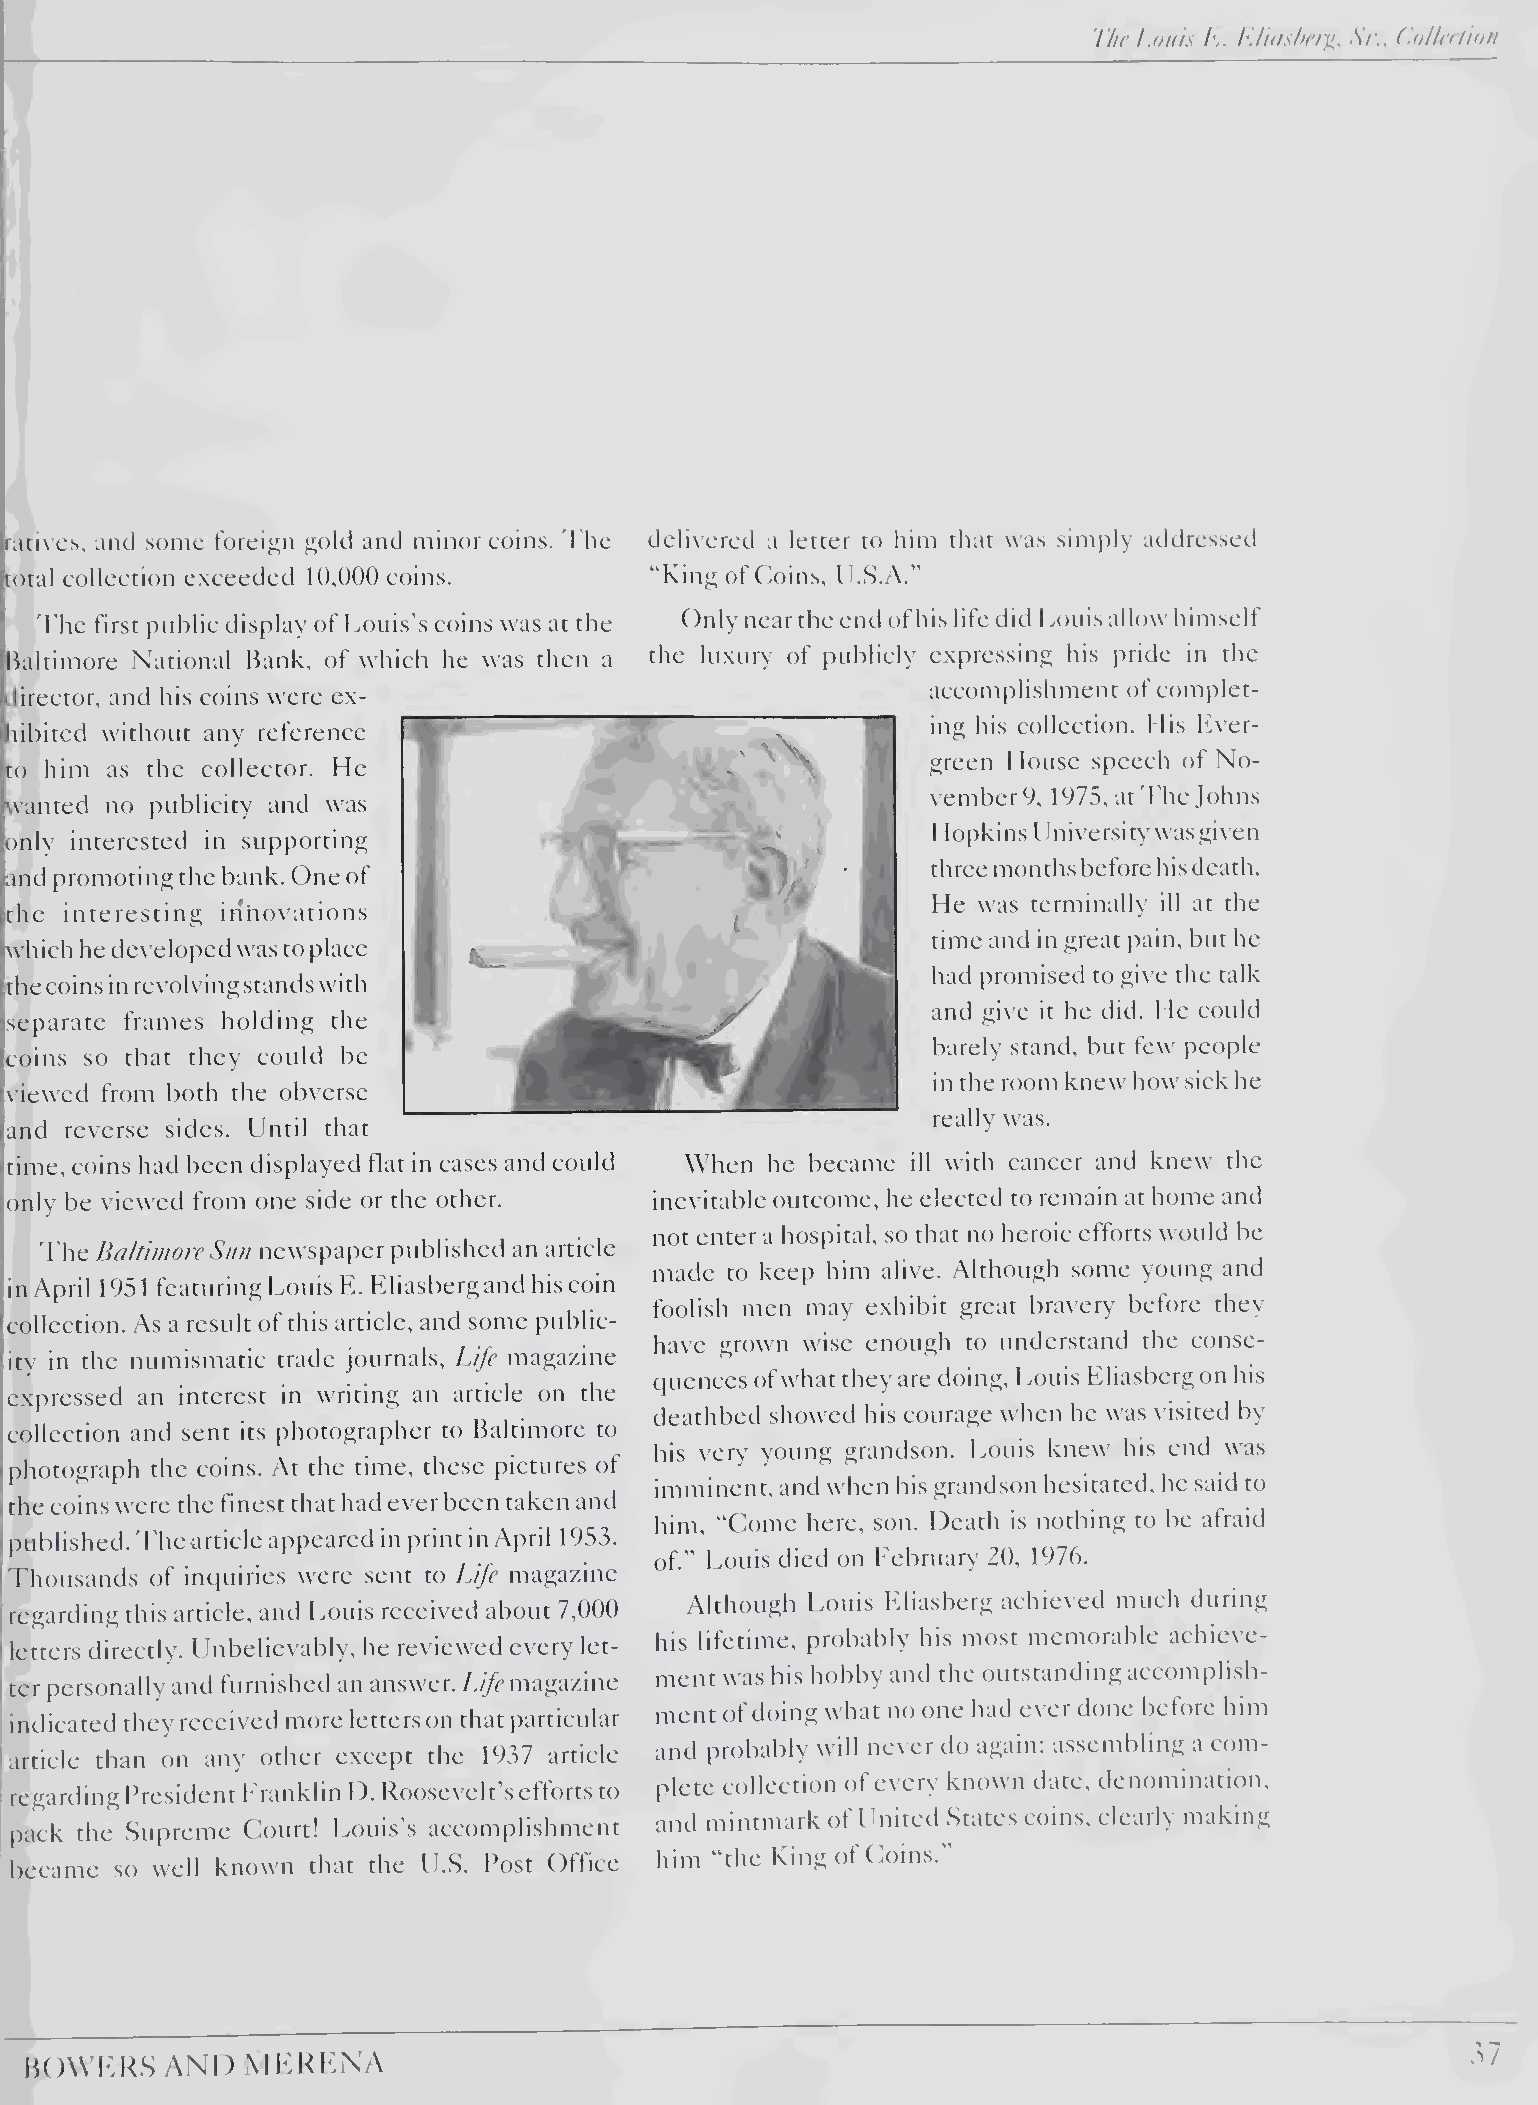
I'/k’ Louis L. L.lidsht'i'ji,, Sr., (.olirdioii
 rati\ cs, and some foreign gold and minor coins. 'The delivered a letter to him that was simply addressed
 total eollection exceeded 10,000 coins.    “King of Coins, U.S.A.”
 'The first public display of Louis’s coins was at the Only near the end of his life did 1 >ouis allow himself
 Baltimore National Bank, of which he was then a the luxury of publicly expressing his pride in the
 accomplishment of complet¬
 director, and his coins were ex-
 ing his collection. His Ever¬
 libited without any reference
 green I louse speech of No¬
 to him as the collector. He
 vember 9, 1975, at'The Johns
 wanted no publicity and was
 H o p k i n s U n i \'e rs i ty was gi\'e n
 only interested in supporting
 three months before his death.
 and promoting the bank. One of
 He was terminally ill at the
 the interesting inhovations
 time and in great pain, but he
 which he developed was to place
 had promised to give the talk
 the coins in revolving stands with
 and give it he did. He could
 separate frames holding the
 barely stand, but few people
 coins so that they could be
 in the room knew how sick he
 \iewed from both the obverse
 really was.
 and reverse sides. Ihitil that
 time, coins had been displayed flat in cases and could When he became ill with cancer and knew the
 only be viewed from one side or the other. inevitable outcome, he elected to remain at home and
 not enter a hospital, so that no heroic efforts would be
 d'he EaltiworeSun newspaper published an article
 made to keep him alive. Although some young and
 in April 1951 featuring Louis L. Eliasbergand his coin
 foolish men may exhibit great bravery before they
 collection. As a result of this article, and some public¬
 have grown wise enough to understand the conse¬
 ity in the numismatic trade journals. Life magazine
 quences of what they are doing, Louis Eliasbergon his
 expressed an interest in writing an article on the
 deathbed showed his courage when he was visited by
 collection and sent its photographer to Baltimore to
 his very young grandson. Louis knew his end was
 photograph the coins. At the time, these pictures of
 imminent, and when his grandson hesitated, he said to
 the coins were the finest that had ever been taken and
 him, “Come here, son. Death is nothing to be afraid
 I published, d'hearticle appeared in print in April 1953.
 of.” Louis died on Eebruary 20, 1976.
 I'l'housands of inquiries were sent to Life magazine
 Although Louis Eliasberg achie\ ed much during
 I regarding this article, and Louis received about 7,()()()
 his lifetime, probably his most memorable achieve¬
 i letters directly. Unbelievably, he reviewed every let-
 I                                          ment was his hobby and the outstanding accomplish¬
 ter personally and furnished an answer, /.//r'magazine
 ment of doing what no one had e\ er done before him
 indicated they received more letters on that particular
 and probably will never do again: assembling a com¬
 I article than on any other except the 1937 article
 plete collection of every known date, denomination,
 I regarding President h rankhn I). Roosevelt s efforts to
 and mintmark of United States coins, clearly making
 I pack the .Supreme Court! Louis’s accomplishment
 him “the King of (a)ins.
 ! became so well known that the U.S. Post Office
 j___
 IU)\\ b:KS AND MKKKNA